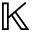
{ \mathbb K }